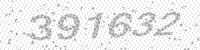
Solution: 391632